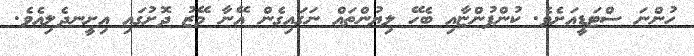
ހުންނަ ސްޓަޑީއަށެވެ. ކުންފުންޏާއި ބެހޭ ލިޔުންތައް ނަގައިގެން އޭނާ މޭޒު ދޮށުގައި އިށީނދެލިއެވެ.